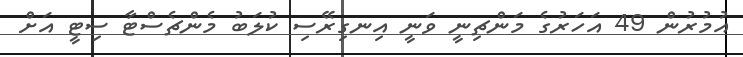
އުމުރުން 49 އަހަރުގެ މަންޗިނީ ވަނީ އިނގިރޭސި ކުލަބު މެންޗެސްޓާ ސިޓީ އަށް